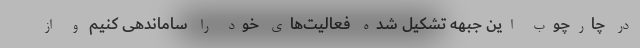
در چارچوب این جبهه تشکیل شده فعالیت‌های خود را ساماندهی کنیم و از